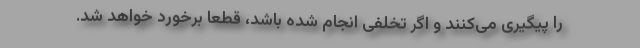
را پیگیری می‌کنند و اگر تخلفی انجام شده باشد، قطعاً برخورد خواهد شد.